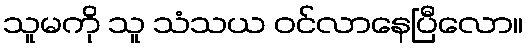
သူမကို သူ သံသယ ဝင်လာနေပြီလော။